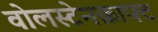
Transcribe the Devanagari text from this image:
वोलस्टेनक्राफ्ट